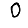
Digit: 0